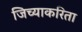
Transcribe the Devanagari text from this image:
जिच्याकरिता